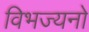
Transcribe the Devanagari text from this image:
विभज्यनो